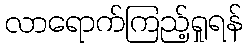
လာရောက်ကြည့်ရှုရန်